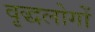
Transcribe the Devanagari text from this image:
वृद्धलोगों